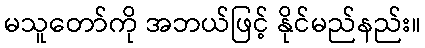
မသူတော်ကို အဘယ်ဖြင့် နိုင်မည်နည်း။